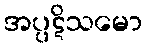
အပ္ပဋိသမော